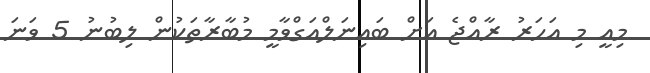
މިއީ މި އަހަރު ރާއްޖެ އަށް ބައިނަލްއަގްވާމީ މުބާރާތަކުން ލިބުނު 5 ވަނަ